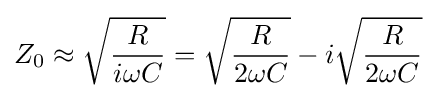
Z_{0}\approx {\sqrt {\frac {R}{i\omega C}}}={\sqrt {\frac {R}{2\omega C}}}-i{\sqrt {\frac {R}{2\omega C}}}